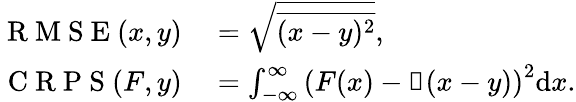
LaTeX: \begin{array}{rl}{\mathrm{~R~M~S~E~}(x,y)}&{{}=\sqrt{\overline{{(x-y)^{2}}}},}\\ {\mathrm{~C~R~P~S~}(F,y)}&{{}=\int_{-\infty}^{\infty}\left(F(x)-\mathbb{1}(x-y)\right)^{2}\mathrm{d}x.}\end{array}